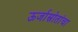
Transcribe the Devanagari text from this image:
ऊर्जास्रोतांचा